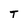
Character: T